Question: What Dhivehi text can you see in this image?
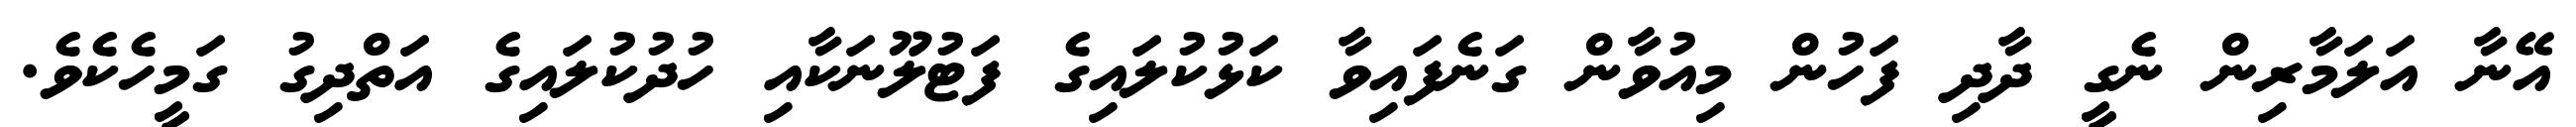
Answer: އޭނާ އަލަމާރިން ނެގީ ދާދި ފަހުން މިއުވާން ގަނެފައިވާ ކަޅުކުލައިގެ ފަޓުލޫނަކާއި ހުދުކުލައިގެ އަތްދިގު ގަމީހެކެވެ.